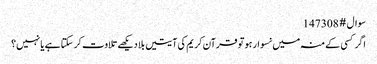
سوال # 147308
اگر کسی کے منہ میں نسوار ہو تو قرآن کریم کی آیتیں بلا دیکھے تلاوت کر سکتا ہے یا نہیں؟